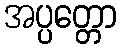
အပ္ပတ္တော